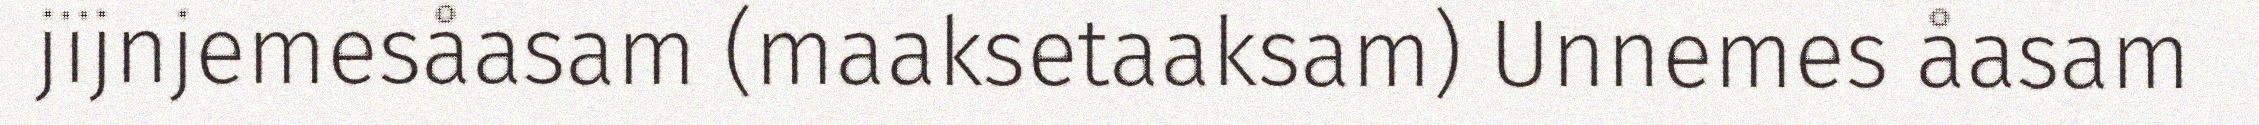
jïjnjemesåasam (maaksetaaksam) Unnemes åasam